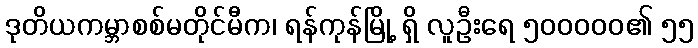
ဒုတိယကမ္ဘာစစ်မတိုင်မီက၊ ရန်ကုန်မြို့ ရှိ လူဦးရေ ၅၀၀၀၀၀၏ ၅၅